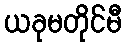
ယခုမတိုင်မီ